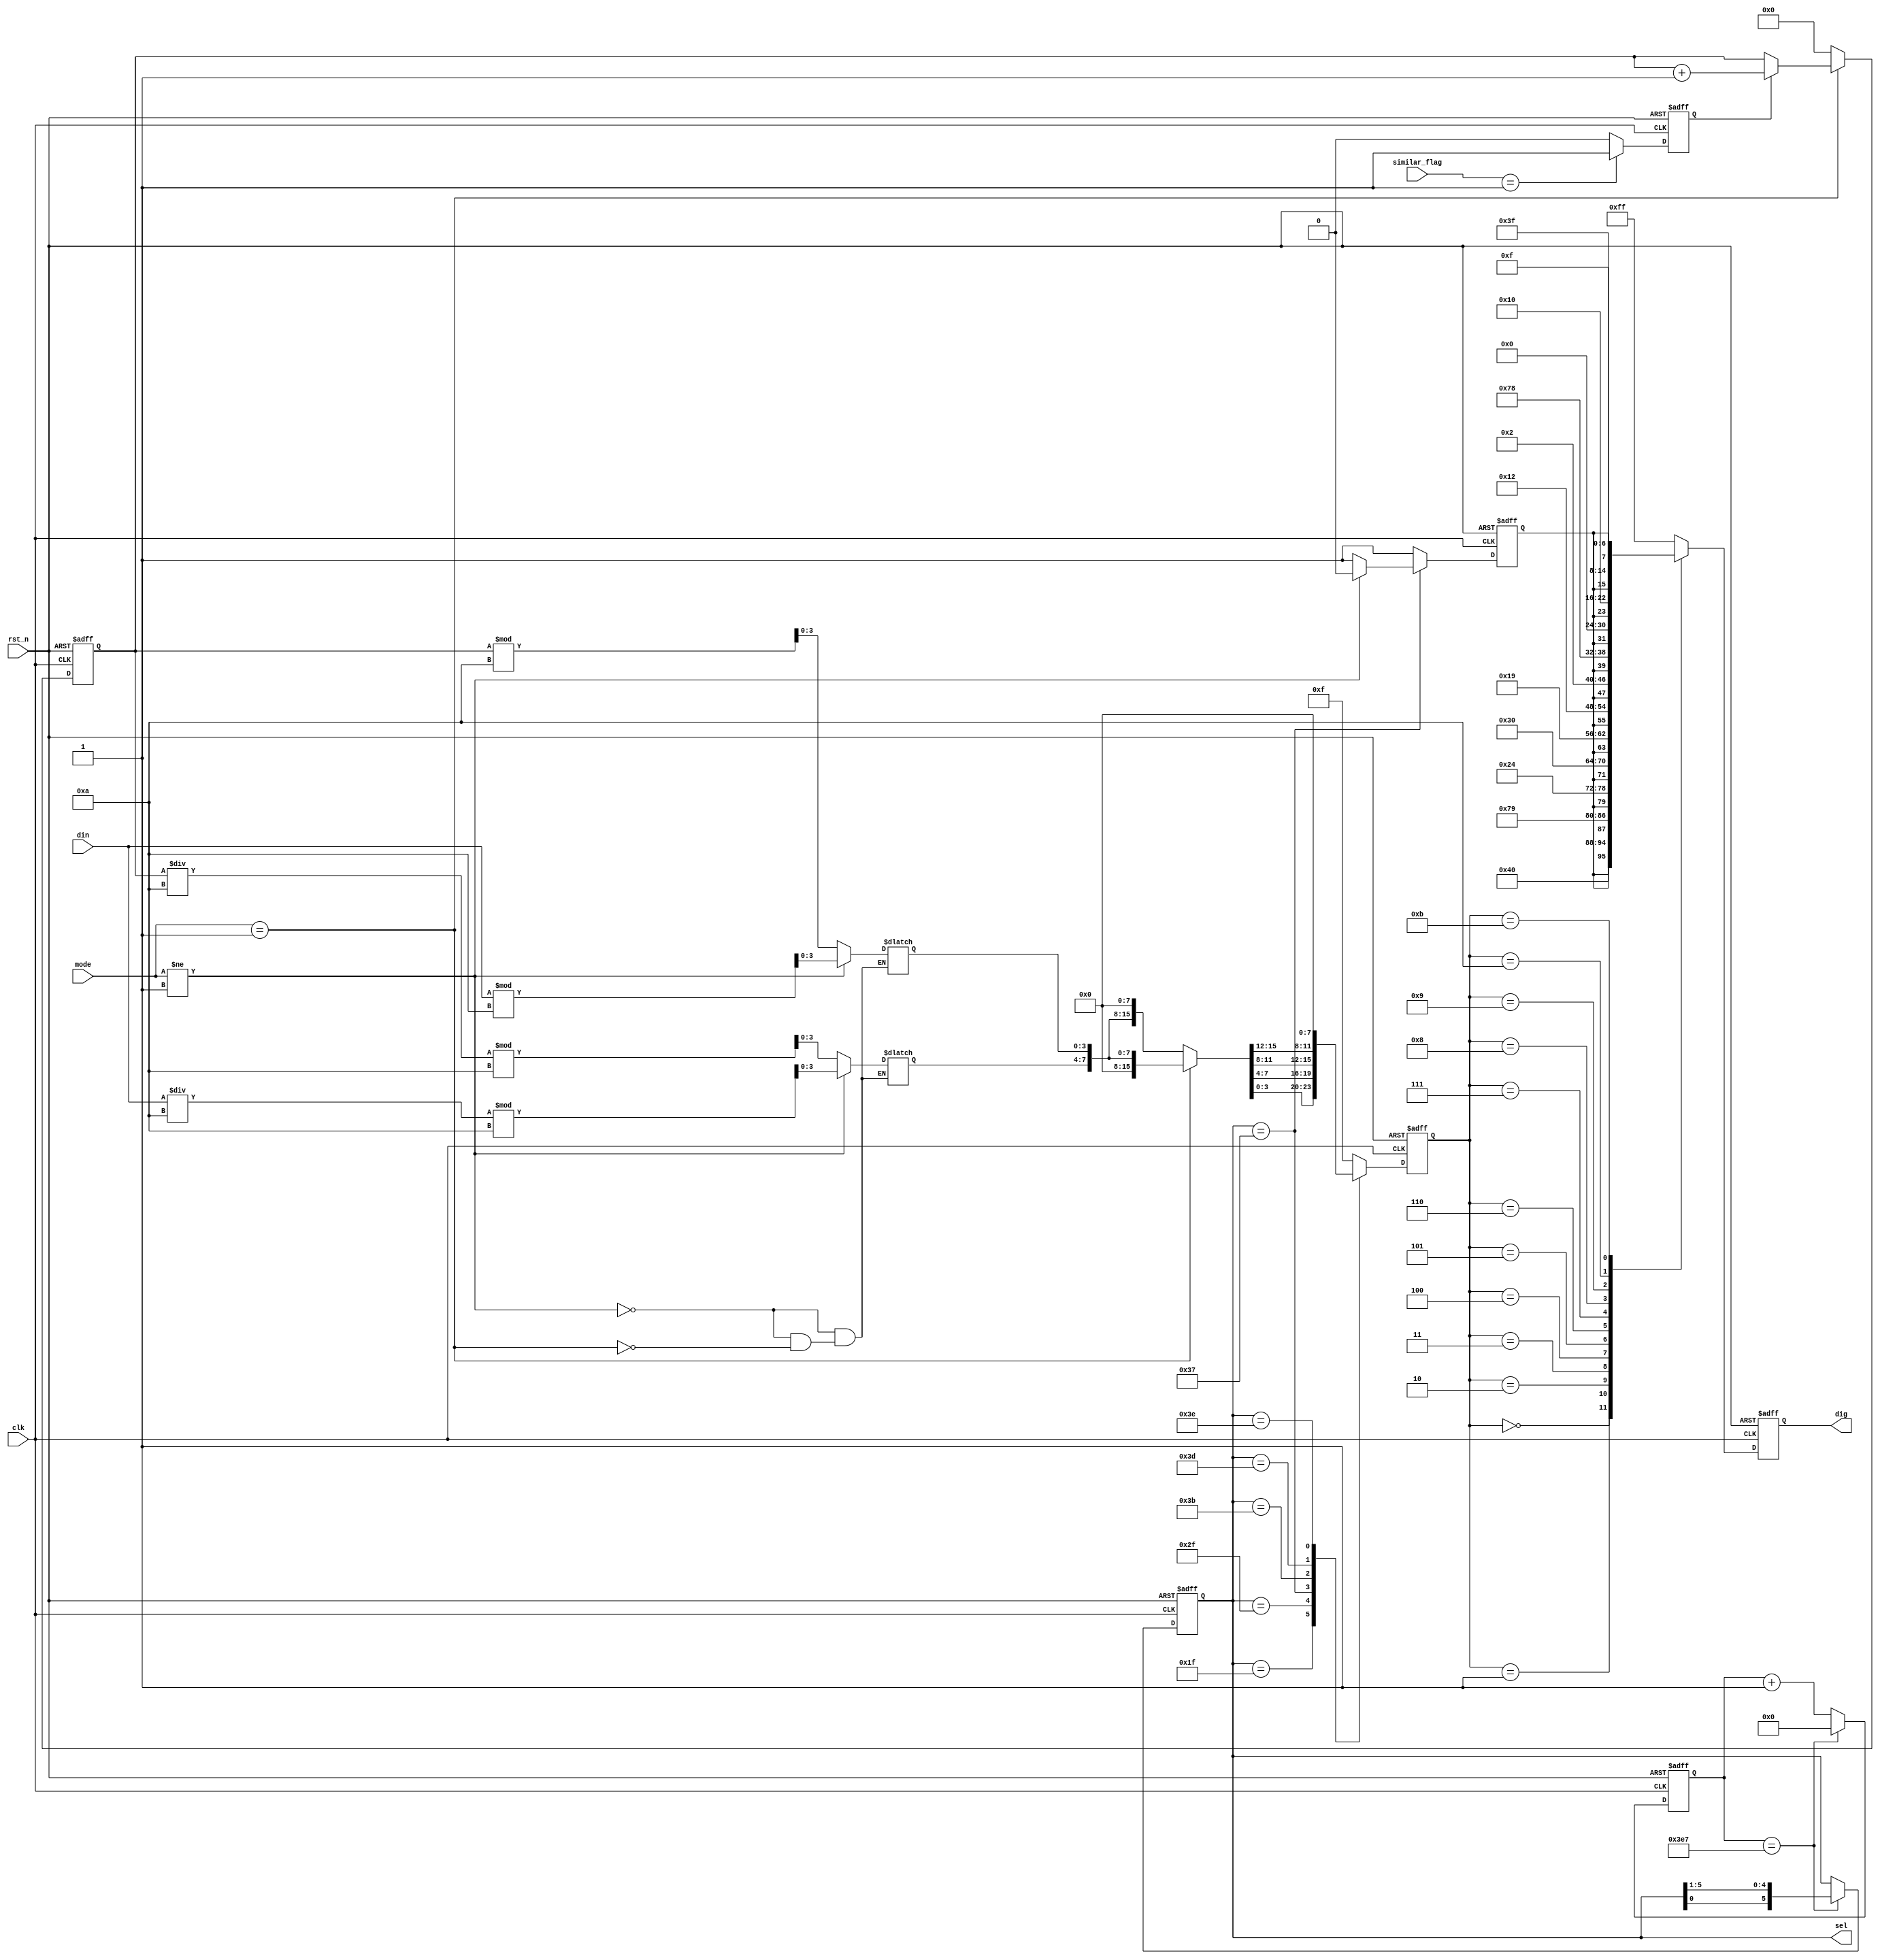
module sel_driver(
    input               clk         ,
    input               rst_n       ,
    input       [7:0]   din         ,//
    input       [1:0]   mode        ,//
    input       [1:0]   similar_flag,//
    output reg  [5:0]   sel         ,//
    output reg  [7:0]   dig         //
);

    parameter   ZER = 7'b100_0000,
                ONE = 7'b111_1001,
                TWO = 7'b010_0100,
                THR = 7'b011_0000,
                FOU = 7'b001_1001,
                FIV = 7'b001_0010,
                SIX = 7'b000_0010,
                SEV = 7'b111_1000,
                EIG = 7'b000_0000,
                NIN = 7'b001_0000,
                A   = 7'b000_1111,
                B   = 7'b011_1111;

    parameter   TIME_20US = 1000;   

    reg     [9:0]       cnt     ;
    wire                add_cnt ;
    wire                end_cnt ;

    reg                 dot     ;   //
    reg     [3:0]       data    ;   //

    wire       [23:0]      dis_data    ;
    reg        [3:0]       data_1      ;//
    reg        [3:0]       data_10     ;//
    reg        [23:0]      data_b      ;  
    
    // assign  data_b       = din                  ;
    // assign  data_1       = data_b%10            ;
    // assign  data_10       = (data_b/10)%10      ;
    // 
    assign dis_data = (mode == 2'd1)? {16'h0000,data_10,data_1}:{8'h00,data_10,data_1,8'h00};

    reg     [19:0]      cnt1    ;
    wire                add_cnt1;

    reg                 flag    ;

    always @(posedge clk or negedge rst_n) begin
        if (!rst_n) begin
            flag <= 1'b0;
        end
        else if (similar_flag == 2'd1) begin
            flag <= 1'b1;
        end
        else begin
            flag <= 1'b0;
        end
    end

    always @(posedge clk or negedge rst_n)begin 
        if(!rst_n)begin
            cnt1 <= 0;
        end 
        else if(add_cnt1)begin 
            if (flag == 1'b1) begin
                cnt1 <= cnt1 + 1;
            end 
            else begin 
                cnt1 <= cnt1;
            end 
        end
        else begin
            cnt1<=0;
        end
    end 
    assign add_cnt1 = mode == 2'd1;

    always @(*) begin
        if (mode!=2'd1) begin
            data_b = din;            
            data_1 = data_b%10;
            data_10= (data_b/10)%10;
        end
        else if (mode == 2'd1) begin
            data_b = cnt1;
            data_1 = data_b%10;
            data_10= (data_b/10)%10;
        end
    end

    always @(posedge clk or negedge rst_n)begin 
        if(!rst_n)begin
            cnt <= 0;
        end 
        else if(add_cnt)begin 
            if(end_cnt)begin 
                cnt <= 0;
            end
            else begin 
                cnt <= cnt + 1;
            end 
        end
        else begin 
            cnt <= cnt;
        end 
    end 
    assign add_cnt = 1'b1;
    assign end_cnt = add_cnt && cnt == TIME_20US - 1 ;

    always @(posedge clk or negedge rst_n)begin 
        if(!rst_n)begin
            sel <= 6'b011_111;
        end 
        else if(end_cnt)begin 
            sel <= {sel[0],sel[5:1]};
        end 
        else begin 
            sel <= sel;
        end 
    end

    always @(posedge clk or negedge rst_n)begin
        if(!rst_n)begin
            dot <= 1'b1;
            data <= 4'hf;
        end
        else begin
            case(sel)
                6'b011_111 : begin data <= dis_data[3:0]    ; dot <= 1'b1; end
                6'b101_111 : begin data <= dis_data[7:4]    ; dot <= 1'b1; end
                6'b110_111 : begin data <= dis_data[11:8]   ; 
                            if(mode != 2'd1) 
                            dot <= 1'b0; 
                            else
                            dot <= 1'b1;
                            end
                6'b111_011 : begin data <= dis_data[15:12]  ; dot <= 1'b1; end
                6'b111_101 : begin data <= dis_data[19:16]  ; dot <= 1'b1; end
                6'b111_110 : begin data <= dis_data[23:20]  ; dot <= 1'b1; end
                default    : begin data <= 4'hf             ; dot <= 1'b1; end
            endcase
        end
    end

    always @(posedge clk or negedge rst_n)begin
        if(!rst_n)begin
            dig <= 8'hFF;
        end
        else begin
            case(data)
                4'd0   :   dig <= {dot,ZER} ;
                4'd1   :   dig <= {dot,ONE} ;
                4'd2   :   dig <= {dot,TWO} ;
                4'd3   :   dig <= {dot,THR} ;
                4'd4   :   dig <= {dot,FOU} ;
                4'd5   :   dig <= {dot,FIV} ;
                4'd6   :   dig <= {dot,SIX} ;
                4'd7   :   dig <= {dot,SEV} ;
                4'd8   :   dig <= {dot,EIG} ;
                4'd9   :   dig <= {dot,NIN} ;
                4'hA   :   dig <= {dot,A  } ;
                4'hB   :   dig <= {dot,B  } ;
                default : dig <= 8'hFF;
            endcase
        end
    end

endmodule